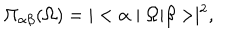
LaTeX: \Pi _ { \alpha \beta } ( \Omega ) = | < \alpha \mid \Omega | \beta > \mid ^ { 2 } ,